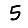
Digit: 5